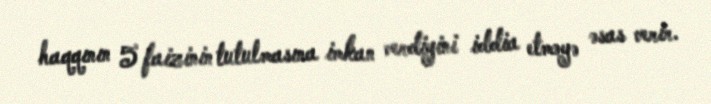
haqqının 5 faizinin tutulmasına imkan verdiyini iddia etməyə əsas verir.